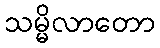
သမ္မိလာတော